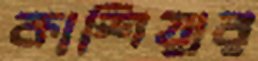
কাশিয়ার